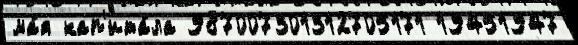
ма́я кап'ита́ла 987007301312705171 19451947